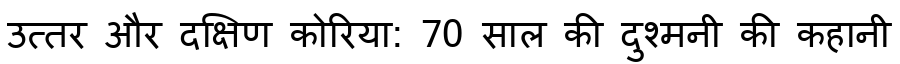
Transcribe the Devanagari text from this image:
उत्तर और दक्षिण कोरिया: 70 साल की दुश्मनी की कहानी